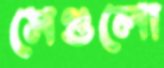
সেগুলো